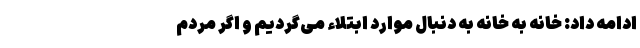
ادامه داد: خانه به خانه به دنبال موارد ابتلاء می‌گردیم و اگر مردم